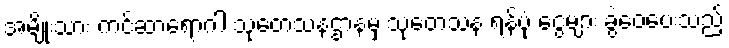
အမျိုးသား ကင်ဆာရောဂါ သုတေသနဌာနမှ သုတေသန ရန်ပုံ ငွေများ ခွဲဝေပေးသည့်